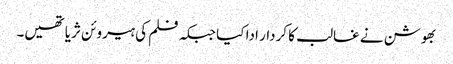
بھوشن نے غالب کا کردار ادا کیا جبکہ فلم کی ہیروئن ثریا تھیں۔